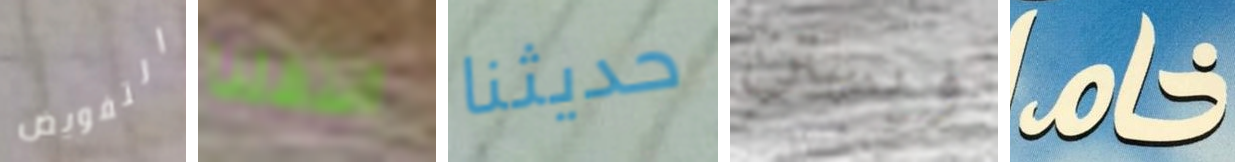
التفويض انتقلنا حديثنا ويستن خام